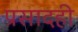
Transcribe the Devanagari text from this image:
प्रसादही